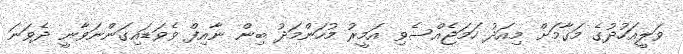
ވަލީއަހުދުގެ މަގާމަށް މިއަދު ހަމަޖެއްސެވި އަމީރު މުހަންމަދު ބިން ނާއިފް ވެވަޑައިގަންނަވާނީ ދެވަނަ